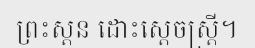
ព្រះស្តន ដោះស្តេចស្ត្រី។